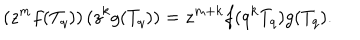
LaTeX: \left( z ^ { m } f ( T _ { q } ) \right) ( z ^ { k } g ( T _ { q } ) ) = z ^ { m + k } f ( q ^ { k } T _ { q } ) g ( T _ { q } ) .